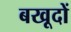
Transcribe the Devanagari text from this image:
बखूदों